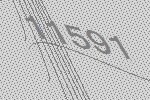
11591